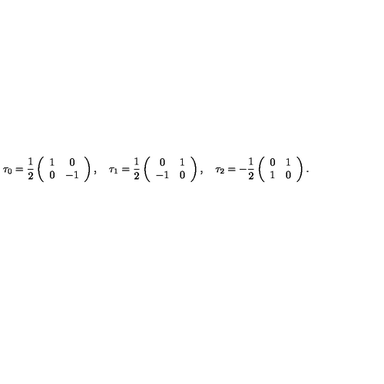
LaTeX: \tau _ { 0 } = \frac 1 2 \left( \begin{array} { c c } { 1 } & { 0 } \\ { 0 } & { - 1 } \\ \end{array} \right) , \quad \tau _ { 1 } = \frac 1 2 \left( \begin{array} { c c } { 0 } & { 1 } \\ { - 1 } & { 0 } \\ \end{array} \right) , \quad \tau _ { 2 } = - \frac 1 2 \left( \begin{array} { c c } { 0 } & { 1 } \\ { 1 } & { 0 } \\ \end{array} \right) .